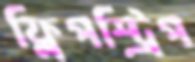
ফ্লিপস্ট্রিপ